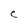
Character: C